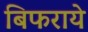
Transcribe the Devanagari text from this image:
बिफराये